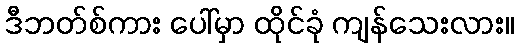
ဒီဘတ်စ်ကား ပေါ်မှာ ထိုင်ခုံ ကျန်သေးလား။